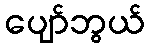
ပျော်ဘွယ်